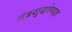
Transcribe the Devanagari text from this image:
तंत्रशुद्धतेबद्दल